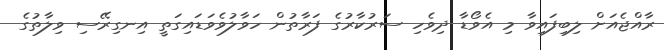
ރާއްޖެއަށް ލިބިފައިވާ މި އެވޯޑާ ދިވެހި ސަރުކާރުގެ ފަރާތުން ހަވާލުވެވަޑައިގަތީ އިނގިރޭސި ވިލާތުގެ